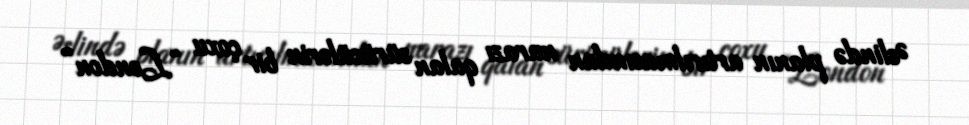
Əslində planın artırılmasından narazı qalan sürücülərin bir çoxu “London”